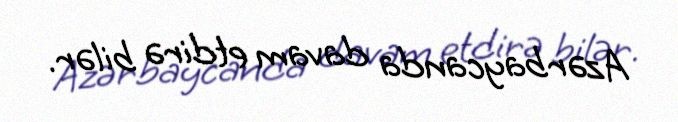
Azərbaycanda davam etdirə bilər.